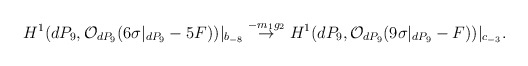
\begin{align*}H^{1}(dP_9, {\cal O}_{dP_9}(6 \sigma|_{dP_9} - 5F))|_{b_{-8}}\stackrel{-m_1 g_2}{\rightarrow}H^{1}(dP_9, {\cal O}_{dP_9}(9 \sigma|_{dP_9} - F))|_{c_{-3}}.\end{align*}